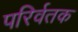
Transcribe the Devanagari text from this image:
परिर्वतक